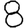
Digit: 8